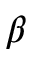
\beta